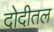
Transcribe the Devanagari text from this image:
दोदीतल